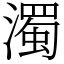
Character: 濁